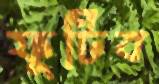
ফুটিব